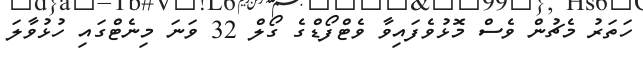
ހަތަރު މެޗުން ވެސް މޮޅުވެފައިވާ ވެޓްފޯޑްގެ ގޯލް 32 ވަނަ މިނެޓްގައި ހުޅުވާލަ